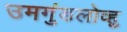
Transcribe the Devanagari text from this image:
उमगुंडलोव्हु